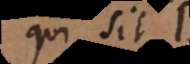
qui sit B,